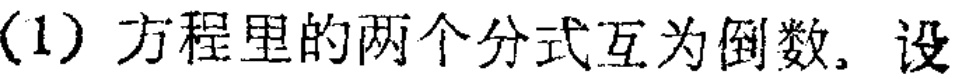
(1) 方程里的两个分式互为倒数。设